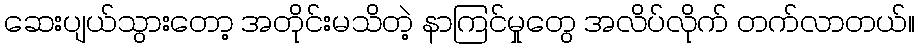
ဆေးပျယ်သွားတော့ အတိုင်းမသိတဲ့ နာကြင်မှုတွေ အလိပ်လိုက် တက်လာတယ်။